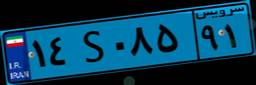
۸۲S۰۶۲۱۷